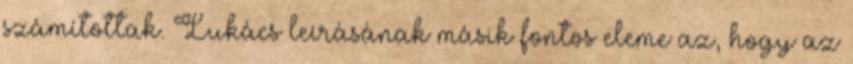
számítottak. Lukács leírásának másik fontos eleme az, hogy az